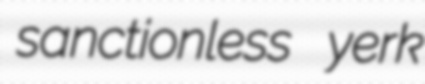
sanctionless yerk